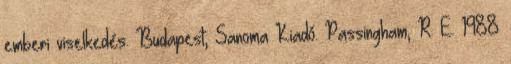
emberi viselkedés. Budapest, Sanoma Kiadó. Passingham, R. E. 1988